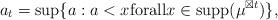
LaTeX: \begin{align*}a_t=\sup\{ a: a<x\mathrm{for all}x\in \mathrm{supp}(\mu^{\boxtimes t}) \},\end{align*}